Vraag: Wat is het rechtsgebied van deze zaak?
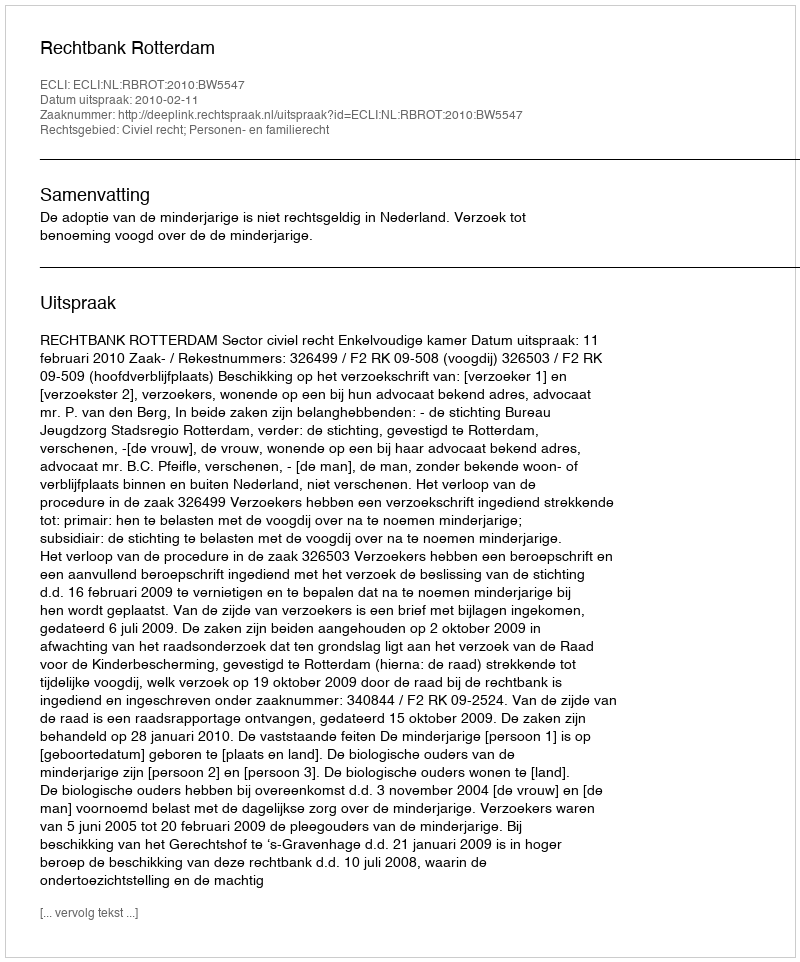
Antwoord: Civiel recht; Personen- en familierecht